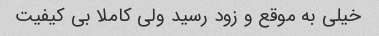
خیلی به موقع و زود رسید ولی کاملا بی کیفیت